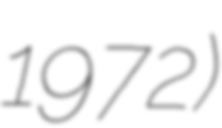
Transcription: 1972)